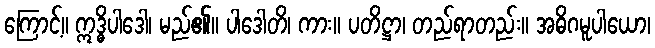
ကြောင့်။ ဣဒ္ဓိပါဒေါ၊ မည်၏။ ပါဒေါတိ၊ ကား။ ပတိဋ္ဌာ၊ တည်ရာတည်း။ အဓိဂမူပါယော၊